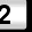
Digit: 2